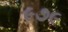
૯૭૯